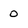
Character: 0